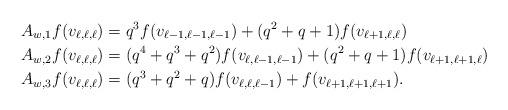
LaTeX: \begin{align*}&A_{w,1}f(v_{\ell,\ell,\ell})=q^3f(v_{\ell-1,\ell-1,\ell-1})+(q^2+q+1)f(v_{\ell+1,\ell,\ell})\\&A_{w,2}f(v_{\ell,\ell,\ell})=(q^4+q^3+q^2)f(v_{\ell,\ell-1,\ell-1})+(q^2+q+1)f(v_{\ell+1,\ell+1,\ell})\\&A_{w,3}f(v_{\ell,\ell,\ell})=(q^3+q^2+q)f(v_{\ell,\ell,\ell-1})+f(v_{\ell+1,\ell+1,\ell+1}).\end{align*}